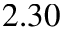
2 . 3 0